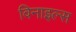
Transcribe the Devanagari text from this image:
विनाइल्स